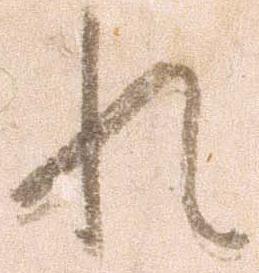
れ